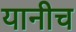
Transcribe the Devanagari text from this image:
यानीच